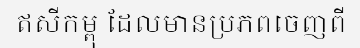
ឥសីកម្ពុ ដែលមានប្រភពចេញពី